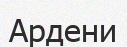
Ардени